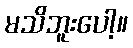
မသိဘူးပေါ့။